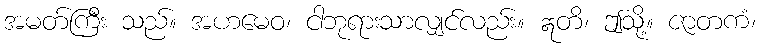
အမတ်ကြီး သည်။ အဟမေဝ၊ ငါဘုရားသာလျှင်လည်း။ ဣတိ၊ ဤသို့။ ဇာတကံ၊